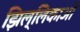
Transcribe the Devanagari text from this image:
झिल्लिकाओं